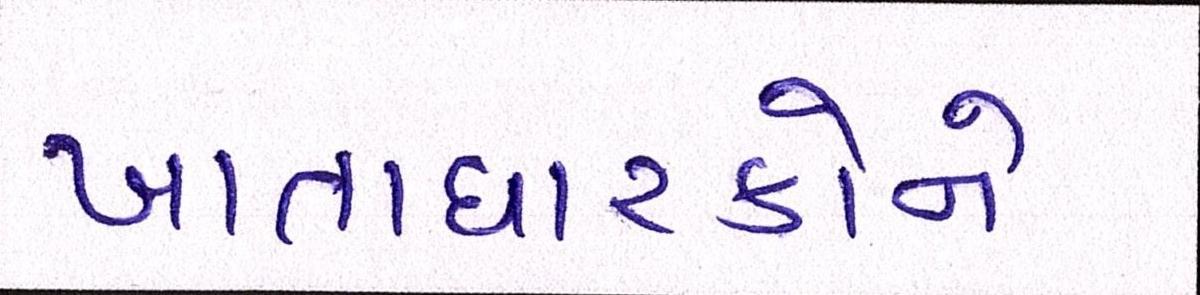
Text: ખાતાધારકોને